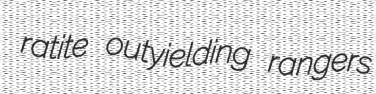
ratite outyielding rangers